Report on lock hospitals in British Burma
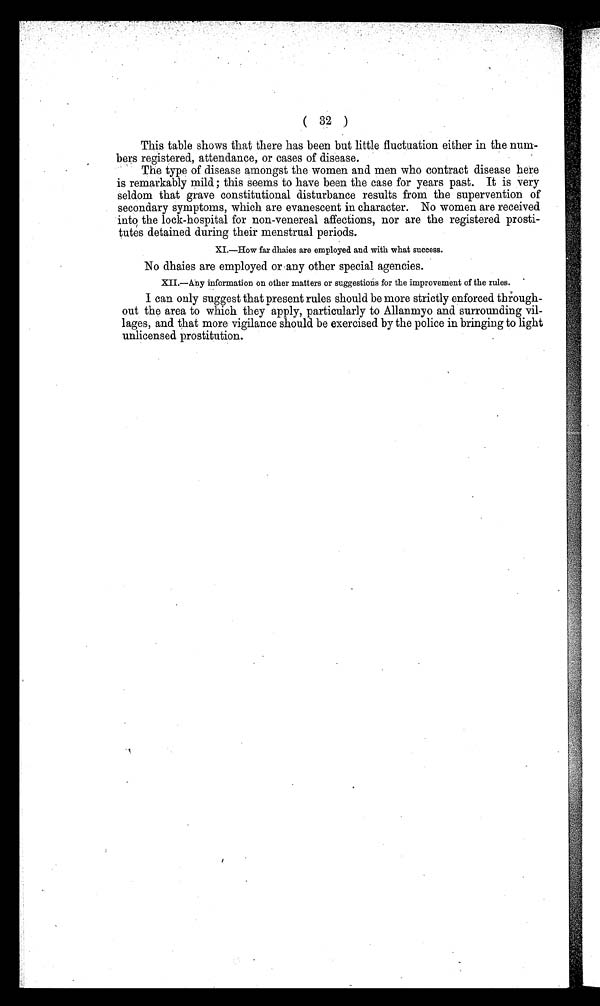
( 32 )
This table shows that there has been but little fluctuation either in the num-
bers registered, attendance, or cases of disease.
The type of disease amongst the women and men who contract disease here
is remarkably mild ; this seems to have been the case for years past. It is very
seldom that grave constitutional disturbance results from the supervention of
secondary symptoms, which are evanescent in character. No women are received
into the lock-hospital for non-venereal affections, nor are the registered prosti-
tutes detained. during their menstrual periods.
XI.—How far dhaies are employed and with what success.
No dhaies are employed or any other special agencies.
XII.—Any information on other matters or suggestions for the improvement of the rules.
I can only suggest that present rules should be more strictly enforced through
-out the area to which they apply, particularly to Allanmyo and surrounding vil-
lages, and that more vigilance should be exercised by the police in bringing to light
unlicensed prostitution.